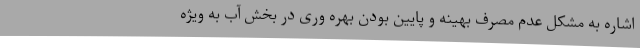
اشاره به مشکل عدم مصرف بهینه و پایین بودن بهره وری در بخش آب به ویژه